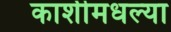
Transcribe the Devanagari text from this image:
काशीमधल्या